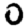
Digit: 0